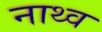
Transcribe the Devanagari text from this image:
नाथ्व